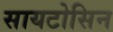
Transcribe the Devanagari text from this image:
सायटोसिन